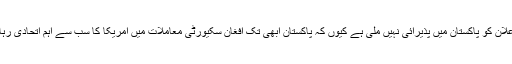
اس اعلان کو پاکستان میں پذیرائی نہیں ملی ہے کیوں کہ پاکستان ابھی تک افغان سکیورٹی معاملات میں امریکا کا سب سے اہم اتحادی رہا ہے۔